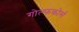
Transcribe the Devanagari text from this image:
गोल्फकोर्स